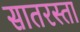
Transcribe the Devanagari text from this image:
सातरस्ता